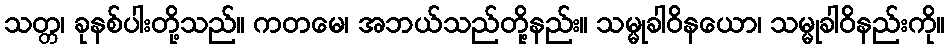
သတ္တ၊ ခုနစ်ပါးတို့သည်။ ကတမေ၊ အဘယ်သည်တို့နည်း။ သမ္မုခါဝိနယော၊ သမ္မုခါဝိနည်းကို။